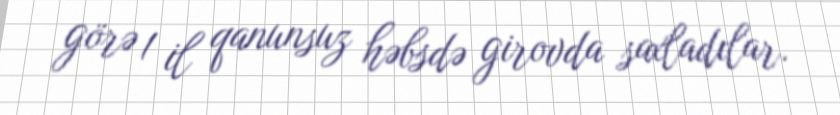
görə 1 il qanunsuz həbsdə girovda saxladılar.